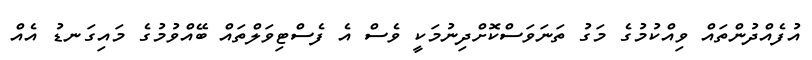
އުފެއްދުންތައް ވިއްކުމުގެ މަގު ތަނަވަސްކޮށްދިނުމަކީ ވެސް އެ ފެސްޓިވަލްތައް ބޭއްވުމުގެ މައިގަނޑު އެއް